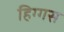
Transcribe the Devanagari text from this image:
हिग्गस